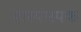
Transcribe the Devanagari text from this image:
हास्यास्पक